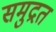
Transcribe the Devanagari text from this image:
समुद्रत